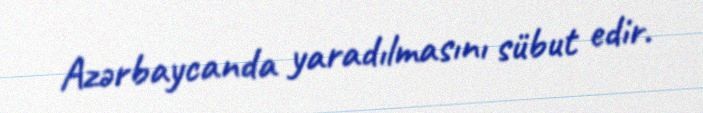
Azərbaycanda yaradılmasını sübut edir.